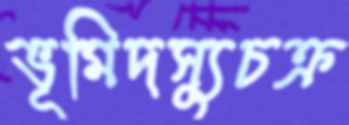
ভূমিদস্যুচক্র